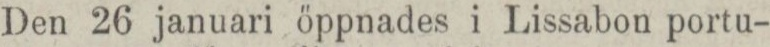
Den 26 januari öppnades i Lissabon portu-